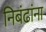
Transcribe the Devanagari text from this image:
निबंढांना